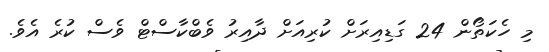
މި ހެކަތޯން 24 ގަޑިއިރަށް ކުރިއަށް ދާއިރު ވެބްކާސްޓް ވެސް ކުރެ އެވެ.